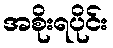
အစိုးရပိုင်း